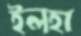
ইলহা